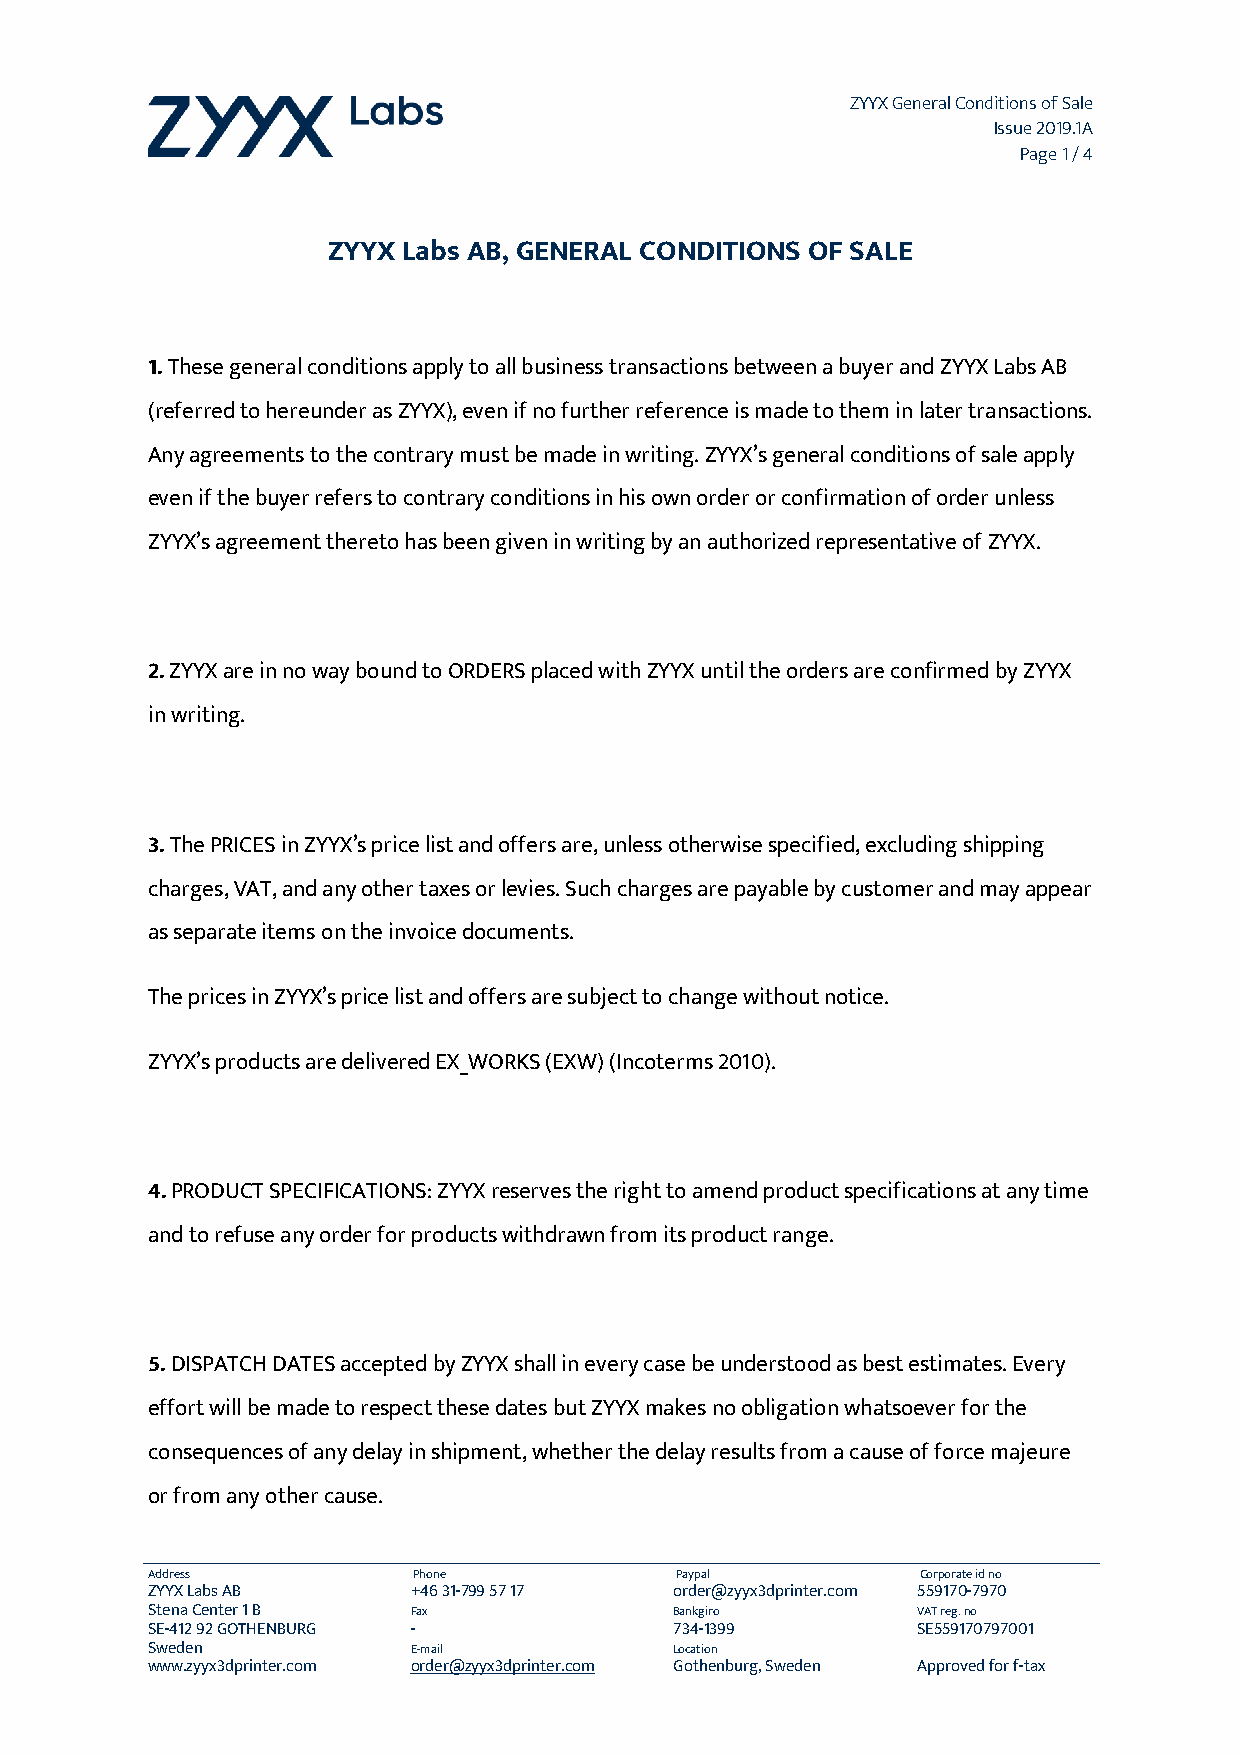
ZYYX General Conditions of Sale
 Issue 2019.1A
 Page 1 / 4
 ZYYX Labs AB, GENERAL CONDITIONS OF SALE
 1. These general conditions apply to all business transactions between a buyer and ZYYX Labs AB
 (referred to hereunder as ZYYX), even if no further reference is made to them in later transactions.
 Any agreements to the contrary must be made in writing. ZYYX’s general conditions of sale apply
 even if the buyer refers to contrary conditions in his own order or confirmation of order unless
 ZYYX’s agreement thereto has been given in writing by an authorized representative of ZYYX.
 2. ZYYX are in no way bound to ORDERS placed with ZYYX until the orders are confirmed by ZYYX
 in writing.
 3. The PRICES in ZYYX’s price list and offers are, unless otherwise specified, excluding shipping
 charges, VAT, and any other taxes or levies. Such charges are payable by customer and may appear
 as separate items on the invoice documents.
 The prices in ZYYX’s price list and offers are subject to change without notice.
 ZYYX’s products are delivered EX_WORKS (EXW) (Incoterms 2010).
 4. PRODUCT SPECIFICATIONS: ZYYX reserves the right to amend product specifications at any time
 and to refuse any order for products withdrawn from its product range.
 5. DISPATCH DATES accepted by ZYYX shall in every case be understood as best estimates. Every
 effort will be made to respect these dates but ZYYX makes no obligation whatsoever for the
 consequences of any delay in shipment, whether the delay results from a cause of force majeure
 or from any other cause.
 Address          Phone             Paypal          Corporate id no
 ZYYX Labs AB     +46 31-799 57 17  order@zyyx3dprinter.com 559170-7970
 Stena Center 1 B Fax               Bankgiro        VAT reg. no
 SE-412 92 GOTHENBURG -             734-1399        SE559170797001
 Sweden           E-mail            Location
 www.zyyx3dprinter.com order@zyyx3dprinter.com Gothenburg, Sweden Approved for f-tax